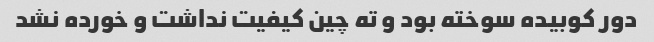
دور کوبیده سوخته بود و ته چین کیفیت نداشت و خورده نشد